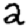
Digit: 2